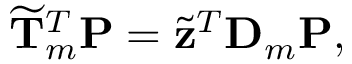
\widetilde { \mathbf T } _ { m } ^ { T } \mathbf P = \widetilde { \mathbf z } ^ { T } \mathbf D _ { m } \mathbf P ,